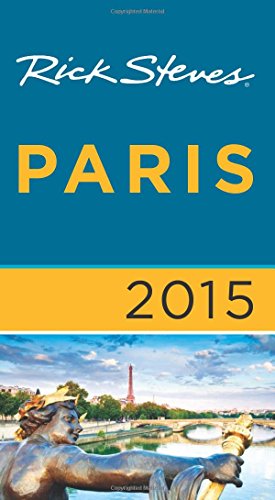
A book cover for Rick Steves Paris 2015; Rick Steves; Travel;